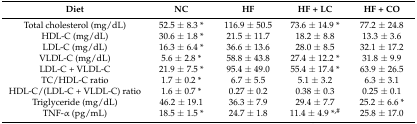
<table><thead><tr><td><b>Diet</b></td><td><b>NC</b></td><td><b>HF</b></td><td><b>HF + LC</b></td><td><b>HF + CO</b></td></tr></thead><tbody><tr><td>Total cholesterol (mg/dL)</td><td>52.5 ± 8.3 *</td><td>116.9 ± 50.5</td><td>73.6 ± 14.9 *</td><td>77.2 ± 24.8</td></tr><tr><td>HDL-C (mg/dL)</td><td>30.6 ± 1.8 *</td><td>21.5 ± 11.7</td><td>18.2 ± 8.8</td><td>13.3 ± 3.6</td></tr><tr><td>LDL-C (mg/dL)</td><td>16.3 ± 6.4 *</td><td>36.6 ± 13.6</td><td>28.0 ± 8.5</td><td>32.1 ± 17.2</td></tr><tr><td>VLDL-C (mg/dL)</td><td>5.6 ± 2.8 *</td><td>58.8 ± 43.8</td><td>27.4 ± 12.2 *</td><td>31.8 ± 9.9</td></tr><tr><td>LDL-C + VLDL-C</td><td>21.9 ± 7.5 *</td><td>95.4 ± 49.0</td><td>55.4 ± 17.4 *</td><td>63.9 ± 26.5</td></tr><tr><td>TC/HDL-C ratio</td><td>1.7 ± 0.2 *</td><td>6.7 ± 5.5</td><td>5.1 ± 3.2</td><td>6.3 ± 3.1</td></tr><tr><td>HDL-C/(LDL-C + VLDL-C) ratio</td><td>1.6 ± 0.7 *</td><td>0.27 ± 0.2</td><td>0.38 ± 0.3</td><td>0.25 ± 0.1</td></tr><tr><td>Triglyceride (mg/dL)</td><td>46.2 ± 19.1</td><td>36.3 ± 7.9</td><td>29.4 ± 7.7</td><td>25.2 ± 6.6 *</td></tr><tr><td>TNF-α (pg/mL)</td><td>18.5 ± 1.5 *</td><td>24.7 ± 1.8</td><td>11.4 ± 4.9 *<sup>,#</sup></td><td>25.8 ± 17.0</td></tr></tbody></table>